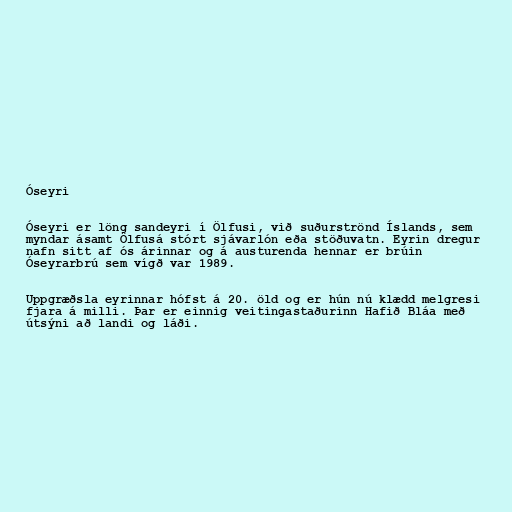
Óseyri

Óseyri er löng sandeyri í Ölfusi, við suðurströnd Íslands, sem
myndar ásamt Ölfusá stórt sjávarlón eða stöðuvatn. Eyrin dregur
nafn sitt af ós árinnar og á austurenda hennar er brúin
Óseyrarbrú sem vígð var 1989.

Uppgræðsla eyrinnar hófst á 20. öld og er hún nú klædd melgresi
fjara á milli. Þar er einnig veitingastaðurinn Hafið Bláa með
útsýni að landi og láði.